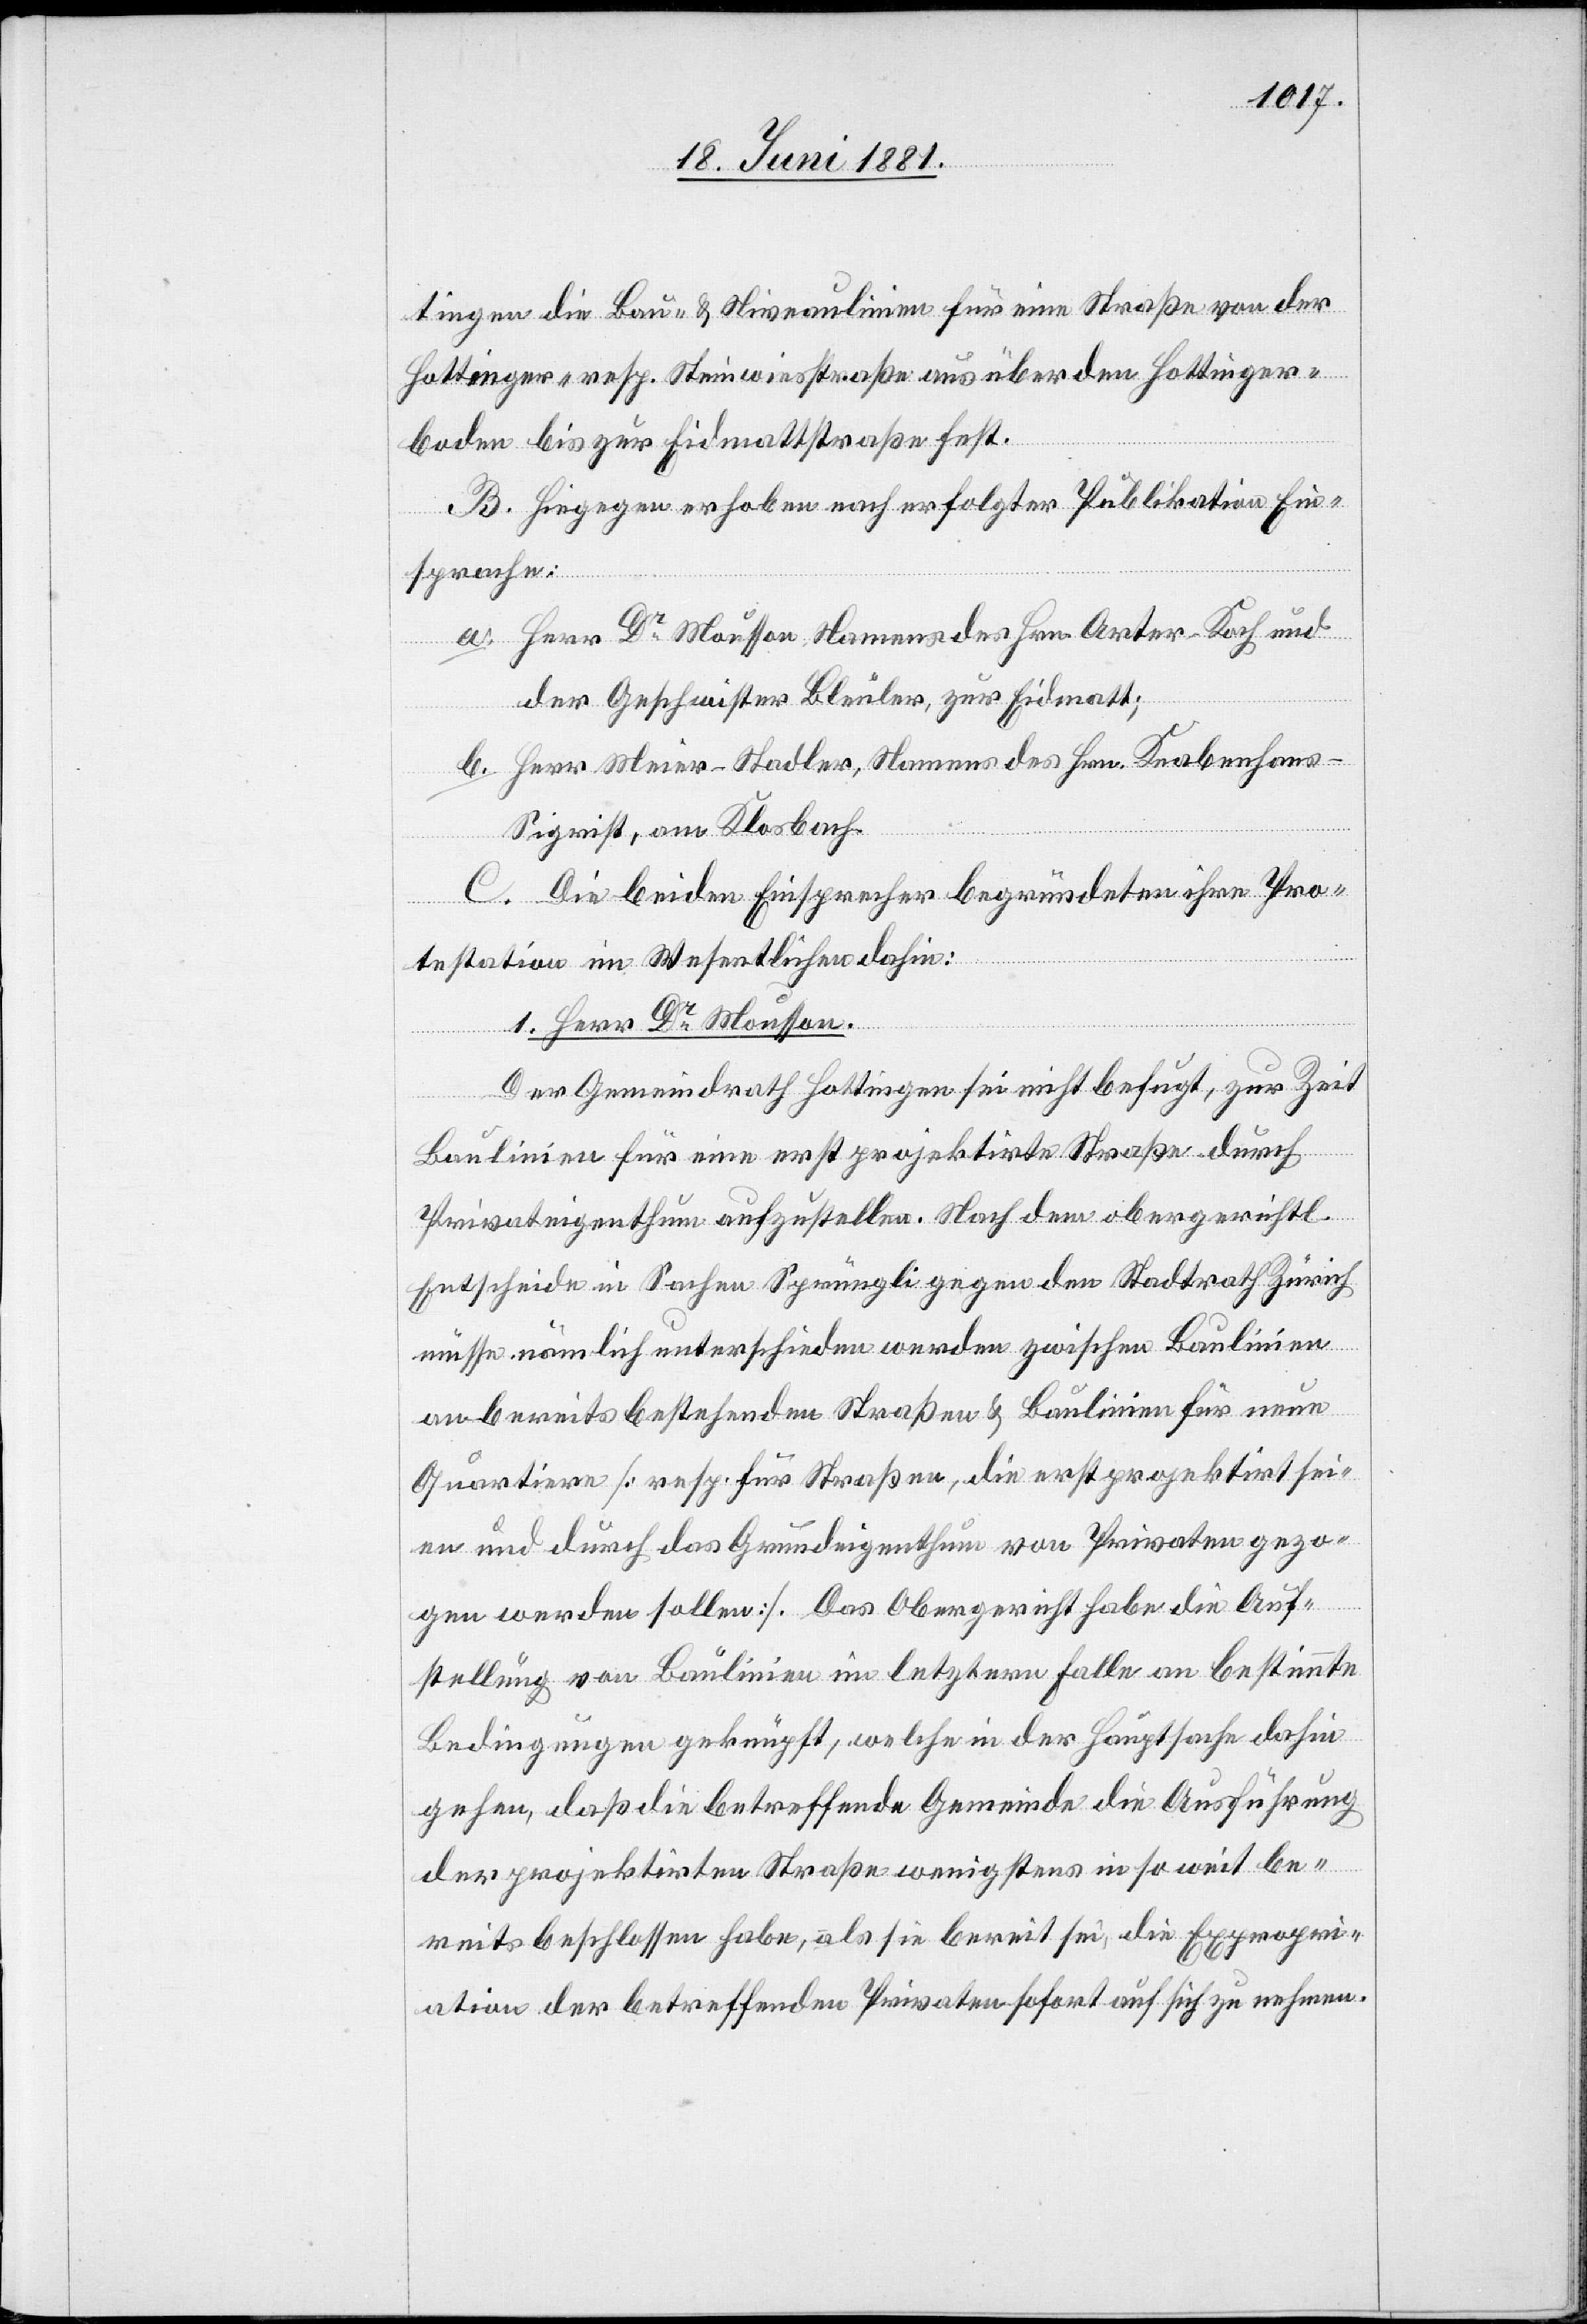
tingen die Bau- & Niveaulinien für eine Straße von der
Hottinger- resp. Steinwiesstraße aus über den Hottinger¬
boden bis zur Eidmattstraße fest.
B. Hiegegen erhoben nach erfolgter Publikation Ein¬
sprache:
a. Herr Dr Mousson, Namens der Hrn. Arter-Koch und
der Geschwister Bleuler, zur Eidmatt;
b. Herr Meier-Stadler, Namens des Hrn. Knabenhans-S¬
igrist, am Klosbach.
C. Die beiden Einsprecher begründeten ihre Pro¬
testation im Wesentlichen dahin:
1. Herr Dr Mousson.
Der Gemeindrath Hottingen sei nicht befugt, zur Zeit
Baulinien für eine erste projektirte Straße durch
Privateigenthum aufzustellen. Nach dem obergerichtl.
Entscheide in Sachen Sprüngli gegen den Stadtrath Zürich
müsse nämlich unterschieden werden zwischen Baulinien
an bereits bestehenden Straßen & Baulinien für neue
Quartiere [resp. für Straßen, die erst projektirt sei¬
en und durch das Grundeigenthum von Privaten gezo¬
gen werden sollen]. Das Obergericht habe die Auf¬
stellung von Baulinien im letztern Falle an bestimmte
Bedingungen geknüpft, welche in der Hauptsache dahin
gehen, daß die betreffende Gemeinde die Ausführung
der projektirten Straße wenigstens in so weit be¬
reits beschlossen habe, als sie bereit sei, die Expropri¬
ation der betreffenden Privaten sofort auf sich zu nehmen.